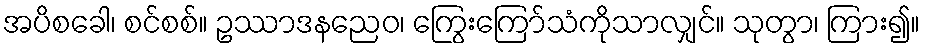
အပိစခေါ၊ စင်စစ်။ ဥဿာဒနညေဝ၊ ကြွေးကြော်သံကိုသာလျှင်။ သုတွာ၊ ကြား၍။